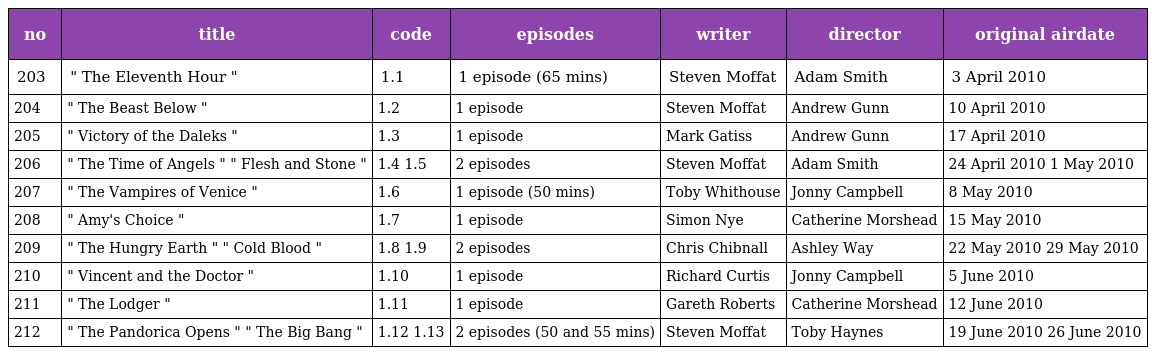
| no | title | code | episodes | writer | director | original airdate |
 | --- | --- | --- | --- | --- | --- | --- |
 | 203 | " The Eleventh Hour " | 1.1 | 1 episode (65 mins) | Steven Moffat | Adam Smith | 3 April 2010 |
 | 204 | " The Beast Below " | 1.2 | 1 episode | Steven Moffat | Andrew Gunn | 10 April 2010 |
 | 205 | " Victory of the Daleks " | 1.3 | 1 episode | Mark Gatiss | Andrew Gunn | 17 April 2010 |
 | 206 | " The Time of Angels " " Flesh and Stone " | 1.4 1.5 | 2 episodes | Steven Moffat | Adam Smith | 24 April 2010 1 May 2010 |
 | 207 | " The Vampires of Venice " | 1.6 | 1 episode (50 mins) | Toby Whithouse | Jonny Campbell | 8 May 2010 |
 | 208 | " Amy's Choice " | 1.7 | 1 episode | Simon Nye | Catherine Morshead | 15 May 2010 |
 | 209 | " The Hungry Earth " " Cold Blood " | 1.8 1.9 | 2 episodes | Chris Chibnall | Ashley Way | 22 May 2010 29 May 2010 |
 | 210 | " Vincent and the Doctor " | 1.10 | 1 episode | Richard Curtis | Jonny Campbell | 5 June 2010 |
 | 211 | " The Lodger " | 1.11 | 1 episode | Gareth Roberts | Catherine Morshead | 12 June 2010 |
 | 212 | " The Pandorica Opens " " The Big Bang " | 1.12 1.13 | 2 episodes (50 and 55 mins) | Steven Moffat | Toby Haynes | 19 June 2010 26 June 2010 |